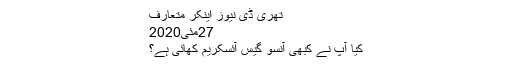
تھری ڈی نیوز اینکر متعارف
27مئی2020
کیا آپ نے کبھی آنسو گیس آئسکریم کھائی ہے؟